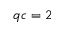
q c = 2